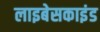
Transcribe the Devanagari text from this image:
लाइबेसकाइंड